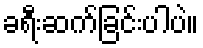
ခရီးဆက်ခြင်းပါပဲ။